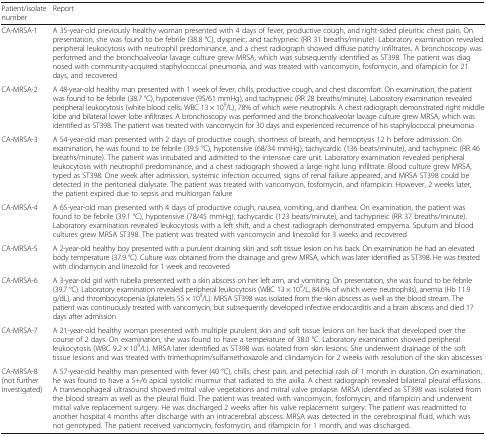
<table><thead><tr><td><b>Patient/isolate number</b></td><td><b>Report</b></td></tr></thead><tbody><tr><td>CA-MRSA-1</td><td>A 35-year-old previously healthy woman presented with 4 days of fever, productive cough, and right-sided pleuritic chest pain. On presentation, she was found to be febrile (38.8 °C), dyspneic, and tachypneic (RR 31 breaths/minute). Laboratory examination revealed peripheral leukocytosis with neutrophil predominance, and a chest radiograph showed diffuse patchy infiltrates. A bronchoscopy was performed and the bronchoalveolar lavage culture grew MRSA, which was subsequently identified as ST398. The patient was diagnosed with community-acquired staphylococcal pneumonia, and was treated with vancomycin, fosfomycin, and rifampicin for 21 days, and recovered</td></tr><tr><td>CA-MRSA-2</td><td>A 48-year-old healthy man presented with 1 week of fever, chills, productive cough, and chest discomfort. On examination, the patient was found to be febrile (38.7 °C), hypotensive (95/61 mmHg), and tachypneic (RR 28 breaths/minute). Laboratory examination revealed peripheral leukocytosis (white blood cells, WBC 13 × 10<sup>9</sup>/L), 78% of which were neutrophils. A chest radiograph demonstrated right middle lobe and bilateral lower lobe infiltrates. A bronchoscopy was performed and the bronchoalveolar lavage culture grew MRSA, which was identified as ST398. The patient was treated with vancomycin for 30 days and experienced recurrence of his staphylococcal pneumonia</td></tr><tr><td>CA-MRSA-3</td><td>A 54-year-old man presented with 2 days of productive cough, shortness of breath, and hemoptysis 12 h before admission. On examination, he was found to be febrile (39.5 °C), hypotensive (68/34 mmHg), tachycardic (136 beats/minute), and tachypneic (RR 46 breaths/minute). The patient was intubated and admitted to the intensive care unit. Laboratory examination revealed peripheral leukocytosis with neutrophil predominance, and a chest radiograph showed a large right lung infiltrate. Blood culture grew MRSA, typed as ST398. One week after admission, systemic infection occurred, signs of renal failure appeared, and MRSA ST398 could be detected in the peritoneal dialysate. The patient was treated with vancomycin, fosfomycin, and rifampicin. However, 2 weeks later, the patient expired due to sepsis and multiorgan failure</td></tr><tr><td>CA-MRSA-4</td><td>A 65-year-old man presented with 4 days of productive cough, nausea, vomiting, and diarrhea. On examination, the patient was found to be febrile (39.1 °C), hypotensive (78/45 mmHg), tachycardic (123 beats/minute), and tachypneic (RR 37 breaths/minute). Laboratory examination revealed leukocytosis with a left shift, and a chest radiograph demonstrated empyema. Sputum and blood cultures grew MRSA ST398. The patient was treated with vancomycin and linezolid for 3 weeks and recovered</td></tr><tr><td>CA-MRSA-5</td><td>A 2-year-old healthy boy presented with a purulent draining skin and soft tissue lesion on his back. On examination he had an elevated body temperature (37.9 °C). Culture was obtained from the drainage and grew MRSA, which was later identified as ST398. He was treated with clindamycin and linezolid for 1 week and recovered</td></tr><tr><td>CA-MRSA-6</td><td>A 3-year-old girl with rubella presented with a skin abscess on her left arm, and vomiting. On presentation, she was found to be febrile (39.7 °C). Laboratory examination revealed peripheral leukocytosis (WBC 13 × 10<sup>9</sup>/L, 84.6% of which were neutrophils), anemia (Hb 11.9 g/dL), and thrombocytopenia (platelets 55 × 10<sup>9</sup>/L). MRSA ST398 was isolated from the skin abscess as well as the blood stream. The patient was continuously treated with vancomycin, but subsequently developed infective endocarditis and a brain abscess and died 17 days after admission</td></tr><tr><td>CA-MRSA-7</td><td>A 21-year-old healthy woman presented with multiple purulent skin and soft tissue lesions on her back that developed over the course of 2 days. On examination, she was found to have a temperature of 38.0 °C. Laboratory examination showed peripheral leukocytosis (WBC 9.2 × 10<sup>9</sup>/L). MRSA later identified as ST398 was isolated from skin lesions. She underwent drainage of the soft tissue lesions and was treated with trimethoprim/sulfamethoxazole and clindamycin for 2 weeks with resolution of the skin abscesses</td></tr><tr><td>CA-MRSA-8 (not further investigated)</td><td>A 57-year-old healthy man presented with fever (40 °C), chills, chest pain, and petechial rash of 1 month in duration. On examination, he was found to have a 5+/6 apical systolic murmur that radiated to the axilla. A chest radiograph revealed bilateral pleural effusions. A transesophageal ultrasound showed mitral valve vegetations and mitral valve prolapse. MRSA identified as ST398 was isolated from the blood stream as well as the pleural fluid. The patient was treated with vancomycin, fosfomycin, and rifampicin and underwent mitral valve replacement surgery. He was discharged 2 weeks after his valve replacement surgery. The patient was readmitted to another hospital 4 months after discharge with an intracerebral abscess. MRSA was detected in the cerebrospinal fluid, which was not genotyped. The patient received vancomycin, fosfomycin, and rifampicin for 1 month, and was discharged.</td></tr></tbody></table>